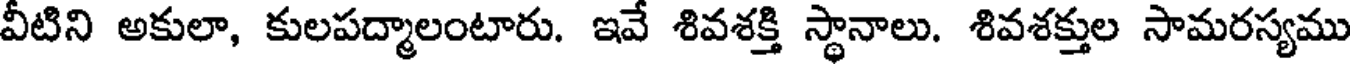
వీటిని అకులా, కులపద్మాలంటారు. ఇవే శివశక్తి స్థానాలు. శివశక్తుల సామరస్యము